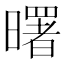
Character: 曙